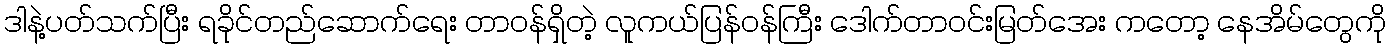
ဒါနဲ့ပတ်သက်ပြီး ရခိုင်တည်ဆောက်ရေး တာဝန်ရှိတဲ့ လူကယ်ပြန်ဝန်ကြီး ဒေါက်တာဝင်းမြတ်အေး ကတော့ နေအိမ်တွေကို